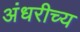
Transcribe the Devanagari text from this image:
अंधरीच्य